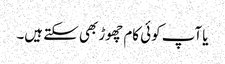
یا آپ کوئی کام چھوڑ بھی سکتے ہیں۔